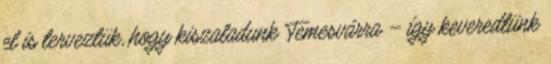
el is terveztük, hogy kiszaladunk Temesvárra – így keveredtünk